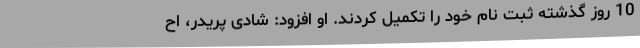
10 روز گذشته ثبت نام خود را تکمیل کردند. او افزود: شادی پریدر، اح